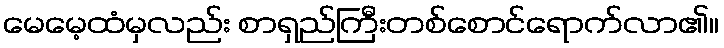
မေမေ့ထံမှလည်း စာရှည်ကြီးတစ်စောင်ရောက်လာ၏။